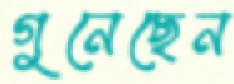
গুনেছেন